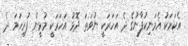
އެކަމަކު އެމަނިކުފާނުގެ ދެ އަހަރަކީ ނުވަތަ ދޮޅު އަހަރަކީ މުޅީން ފުރިހަމަ ދެ